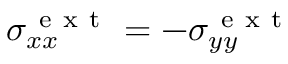
\sigma _ { x x } ^ { \mathrm { ~ e ~ x ~ t ~ } } = - \sigma _ { y y } ^ { \mathrm { ~ e ~ x ~ t ~ } }